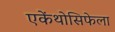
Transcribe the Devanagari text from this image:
एकेंथोसिफेला